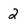
Character: 2